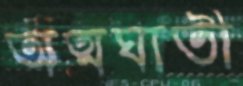
অত্মঘাতী